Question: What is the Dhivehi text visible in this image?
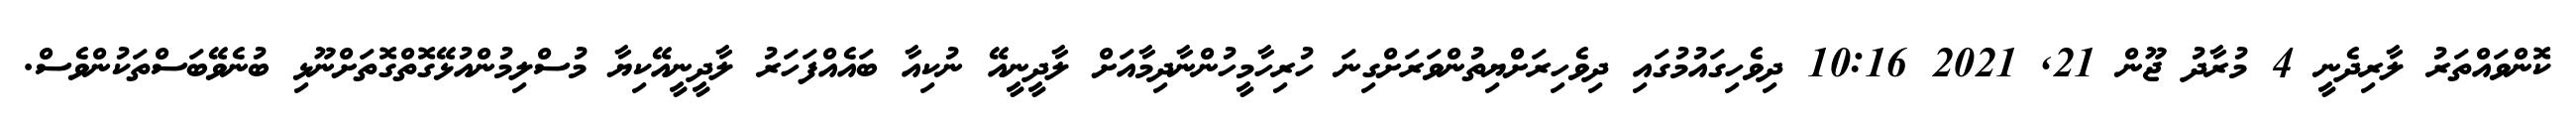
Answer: ކޮންވައްތަރު ލާރިދެނީ 4 މުރާދު ޖޫން 21, 2021 10:16 ދިވެހިގައުމުގައި ދިވެހިރަށްޔިތުންވަރަށްގިނަ ހުރިހާމީހުންނާދިމާއަށް ލާދީނީއޭ ނުކިއާ ބައެއްފަހަރު ލާދީނީއޭކިޔާ މުސްލިމުންއުޅޭގޮތްގޮތަށްނޫޅި ބުނެވޭބަސްތަކުންވެސް.